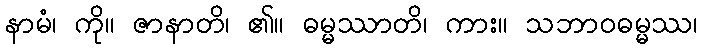
နာမံ၊ ကို။ ဇာနာတိ၊ ၏။ ဓမ္မဿာတိ၊ ကား။ သဘာဝဓမ္မဿ၊